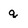
Character: q